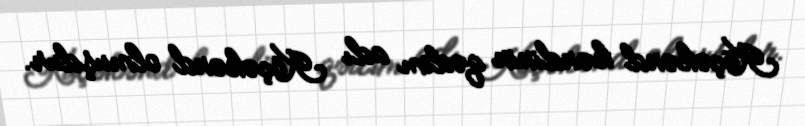
Küçəkənd kəndinin qədim adı Köçəkənd olmuşdur.